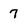
Character: 7